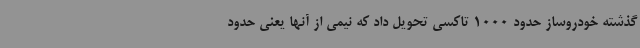
گذشته خودروساز حدود 1000 تاکسی تحویل داد که نیمی از آنها یعنی حدود